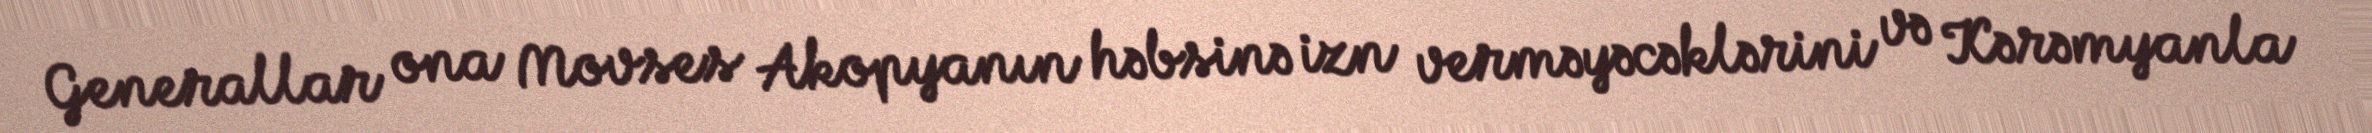
Generallar ona Movses Akopyanın həbsinə izn verməyəcəklərini və Kərəmyanla